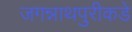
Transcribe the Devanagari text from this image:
जगन्नाथपुरीकडे